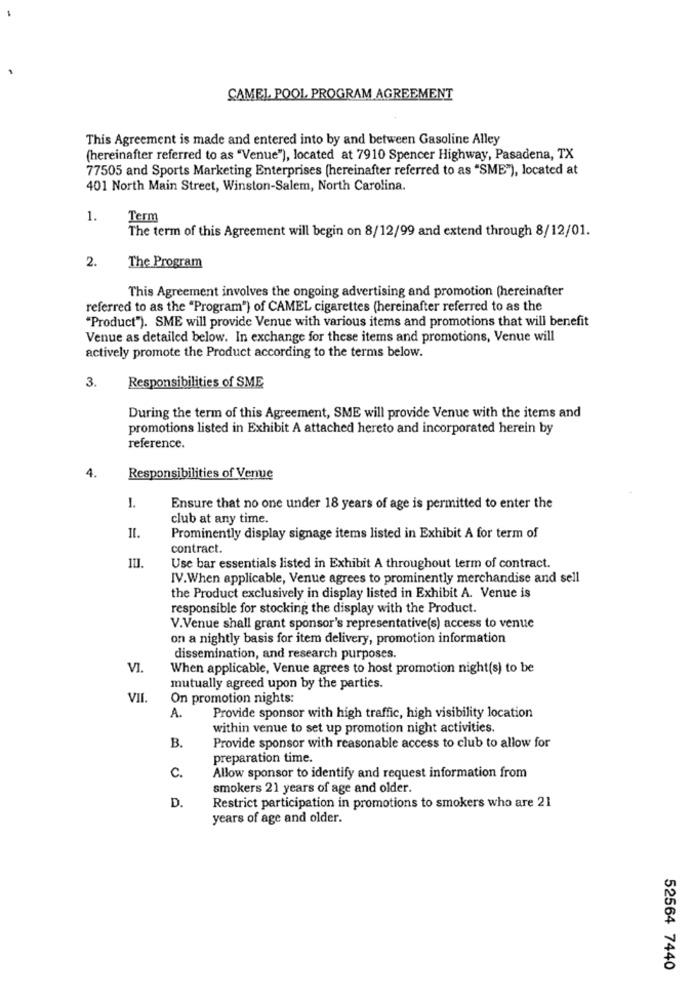
CAMEL, POOL PROGRAM AGREEMENT
This Agreement is made and entered into by and between Gasoline Alley
(hereinafter referred to as "Venue"), located at 7910 Spencer Highway, Pasadena, TX
77505 and Sports Marketing Enterprises (hereinafter referred to as "SME"), located at
401 North Main Street, Winston-Salem, North Carolina.
1.
Term
The term of this Agreement will begin on 8/12/99 and extend through 8/12/01.
2.
The Program
This Agreement involves the ongoing advertising and promotion (hereinafter
referred to as the "Program") of CAMEL cigarettes (hereinafter referred to as the
"Product"). SME will provide Venue with various items and promotions that will benefit
Venue as detailed below. In exchange for these items and promotions, Venue will
actively promote the Product according to the terms below.
Responsibilities of SME
3.
During the term of this Agreement, SME will provide Venue with the items and
promotions listed in Exhibit A attached hereto and incorporated herein by
reference.
4.
Responsibilities of Venue
1.
Ensure that no one under 18 years of age is permitted to enter the
club at any time.
II.
Prominently display signage items listed in Exhibit A for term of
contract.
Use bar essentials listed in Exhibit A throughout term of contract.
IV.When applicable, Venue agrees to prominently merchandise and sell
the Product exclusively in display listed in Exhibit A. Venue is
responsible for stocking the display with the Product.
V.Venue shall grant sponsor's representative(s) access to venue
on a nightly basis for item delivery, promotion information
dissemination, and research purposes.
VI.
When applicable, Venue agrees to host promotion night(s) to be
mutually agreed upon by the parties.
VII
On promotion nights:
A.
Provide sponsor with high traffic, high visibility location
within venue to set up promotion night activities.
B.
Provide sponsor with reasonable access to club to allow for
preparation time.
c.
Allow sponsor to identify and request information from
smokers 21 years of age and older.
D.
Restrict participation in promotions to smokers who are 21
years of age and older.
52564 7440